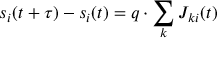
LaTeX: s _ { i } ( t + \tau ) - s _ { i } ( t ) = q \cdot \sum _ { k } J _ { k i } ( t )